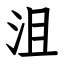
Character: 沮